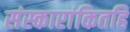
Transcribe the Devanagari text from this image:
संस्कारांकितहि